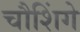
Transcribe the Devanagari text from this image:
चौशिंगे